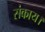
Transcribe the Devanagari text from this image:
संकाय।